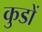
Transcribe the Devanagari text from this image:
कुडों